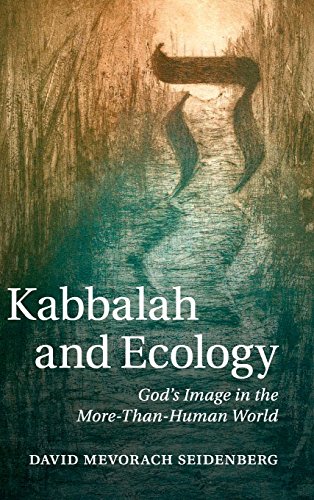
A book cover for Kabbalah and Ecology: God's Image in the More-Than-Human World; David Mevorach Seidenberg; Religion & Spirituality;